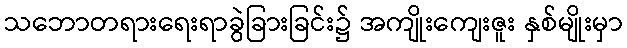
သဘောတရားရေးရာခွဲခြားခြင်း၌ အကျိုးကျေးဇူး နှစ်မျိုးမှာ